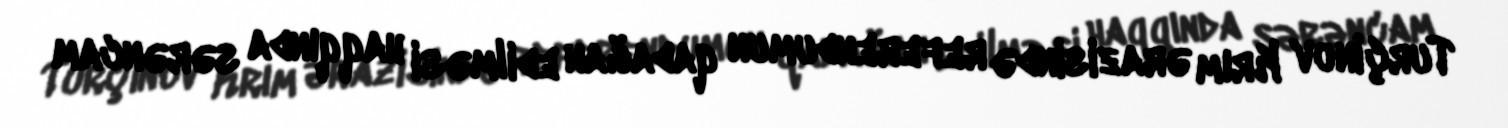
Turçinov Krım ərazisində referendumun qadağan edilməsi haqqında sərəncam